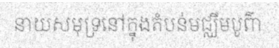
នាយសមុទ្រនៅក្នុងតំបន់មជ្ឈឹមបូព៌ា